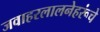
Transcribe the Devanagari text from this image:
जवाहरलालनेहरूंचे